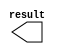
module con_100 (
	result);

	output	[15:0]  result;

endmodule